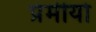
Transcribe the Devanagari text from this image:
प्रेमीयो